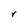
Character: r